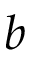
b